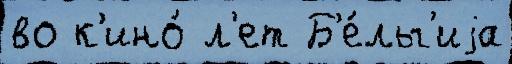
во к'ино́ л'ет Б'е́льг'иjа